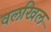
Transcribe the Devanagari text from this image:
वलखिल